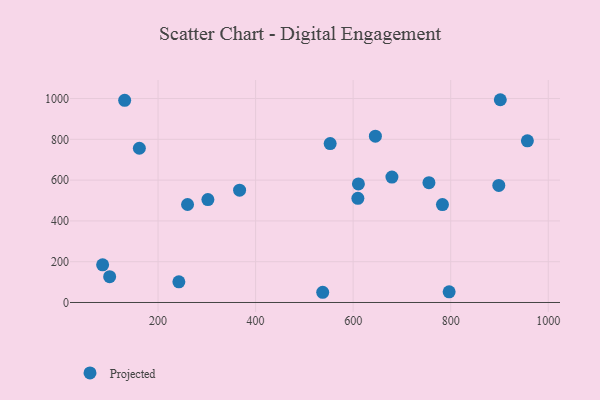
{"axis": {"x": "Engine Size", "y": "Profit"}, "legend": ["Projected"], "data": [{"x": "302.2", "y": 504.8, "type": "Projected"}, {"x": "610.8", "y": 581.2, "type": "Projected"}, {"x": "645.6", "y": 815.3, "type": "Projected"}, {"x": "679.5", "y": 614.9, "type": "Projected"}, {"x": "260.5", "y": 480.5, "type": "Projected"}, {"x": "367.2", "y": 550.9, "type": "Projected"}, {"x": "957.2", "y": 792.6, "type": "Projected"}, {"x": "131.6", "y": 991.3, "type": "Projected"}, {"x": "755.4", "y": 587.4, "type": "Projected"}, {"x": "609.7", "y": 510.5, "type": "Projected"}, {"x": "796.8", "y": 52.3, "type": "Projected"}, {"x": "100.8", "y": 126.5, "type": "Projected"}, {"x": "242.7", "y": 101.5, "type": "Projected"}, {"x": "901.7", "y": 994.1, "type": "Projected"}, {"x": "161.7", "y": 756.1, "type": "Projected"}, {"x": "898.6", "y": 573.8, "type": "Projected"}, {"x": "537.6", "y": 50.1, "type": "Projected"}, {"x": "552.9", "y": 779.2, "type": "Projected"}, {"x": "783.1", "y": 479.9, "type": "Projected"}, {"x": "86.4", "y": 184.6, "type": "Projected"}]}